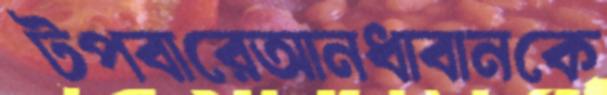
টপবারেআনধাবানকে